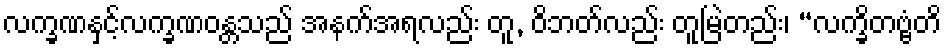
လက္ခဏနှင့်လက္ခဏဝန္တသည် အနက်အရလည်း တူ, ဝိဘတ်လည်း တူမြဲတည်း၊ “လက္ခိတဗ္ဗံတိ